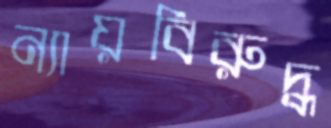
ন্যায়বিরুদ্ধ